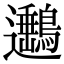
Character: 𨙡